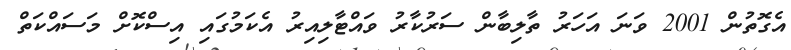
އެގޮތުން 2001 ވަނަ އަހަރު ތާލިބާން ސަރުކާރު ވައްޓާލިއިރު އެކަމުގައި އިސްކޮށް މަސައްކަތް